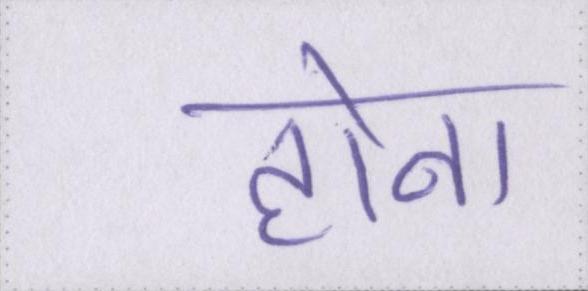
होना